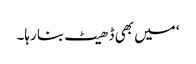
‘ میں بھی ڈھیٹ بنا رہا۔